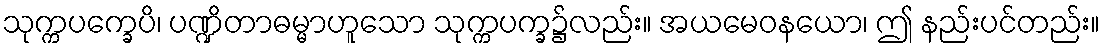
သုက္ကပက္ခေပိ၊ ပဏ္ဍိတာဓမ္မာဟူသော သုက္ကပက္ခ၌လည်း။ အယမေဝနယော၊ ဤ နည်းပင်တည်း။